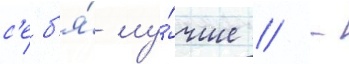
с'еб'я́ лу́чше // -